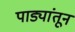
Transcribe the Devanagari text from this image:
पाड्यांतून